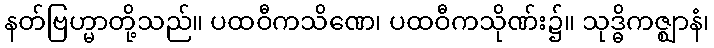
နတ်ဗြဟ္မာတို့သည်။ ပထဝီကသိဏေ၊ ပထဝီကသိုဏ်း၌။ သုဒ္ဓိကဇ္ဈာနံ၊